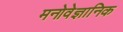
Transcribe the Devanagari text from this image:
मनोवेज्ञानिक